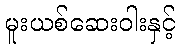
မူးယစ်ဆေးဝါးနှင့်